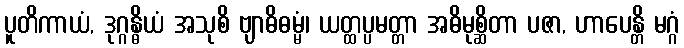
ပူတိကာယံ, ဒုဂ္ဂန္ဓိယံ အသုစိ ဗျာဓိဓမ္မံ၊ ယတ္ထပ္ပမတ္တာ အဓိမုစ္ဆိတာ ပဇာ, ဟာပေန္တိ မဂ္ဂံ